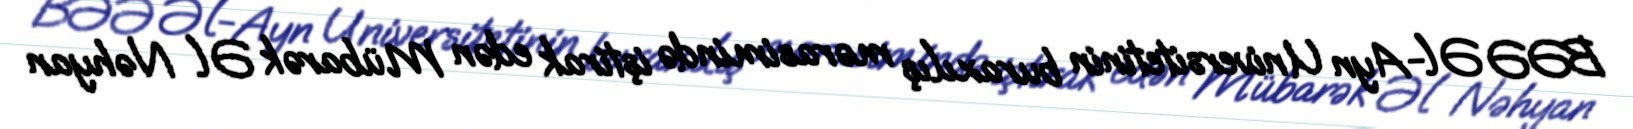
BƏƏ Əl-Ayn Universitetinin buraxılış mərasimində iştirak edən Mübarək Əl Nəhyan